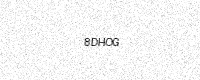
Text: 8DHOG